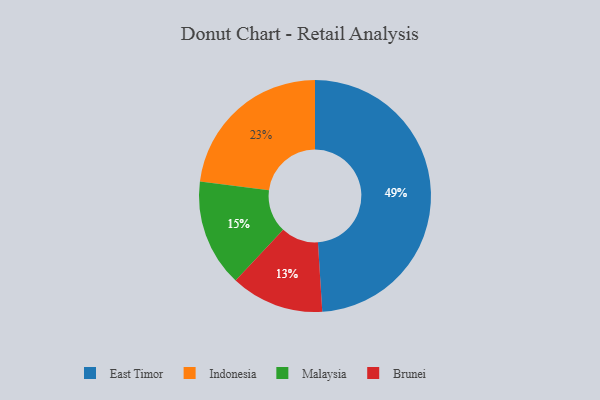
{"axis": {"x": "Category", "y": "Percentage"}, "legend": ["Brunei", "East Timor", "Indonesia", "Malaysia"], "data": [{"x": "East Timor", "y": 49, "type": "East Timor"}, {"x": "Malaysia", "y": 15, "type": "Malaysia"}, {"x": "Indonesia", "y": 23, "type": "Indonesia"}, {"x": "Brunei", "y": 13, "type": "Brunei"}]}